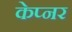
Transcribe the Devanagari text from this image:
केप्नर